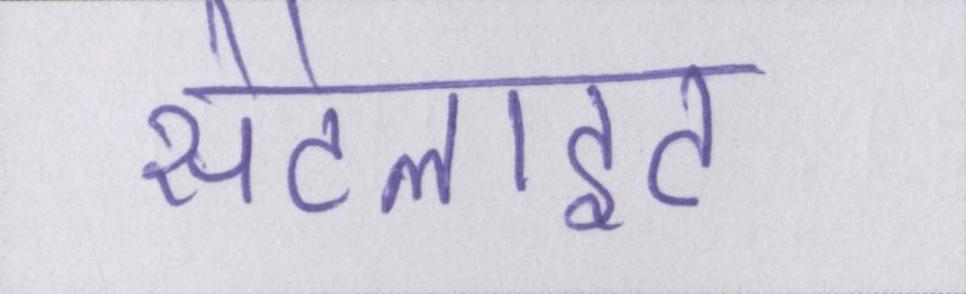
सेटेलाइट